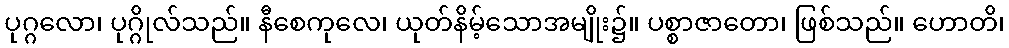
ပုဂ္ဂလော၊ ပုဂ္ဂိုလ်သည်။ နီစေကုလေ၊ ယုတ်နိမ့်သောအမျိုး၌။ ပစ္စာဇာတော၊ ဖြစ်သည်။ ဟောတိ၊